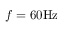
f = 6 0 \mathrm { H z }